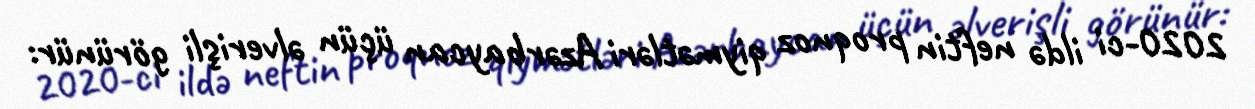
2020-ci ildə neftin proqnoz qiymətləri Azərbaycan üçün əlverişli görünür: